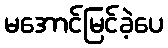
မအောင်မြင်ခဲ့ပေ